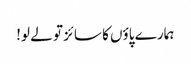
ہمارے پاؤں کا سائز تو لے لو!